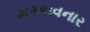
સરકાવનાર